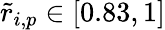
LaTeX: \tilde{r}_{i,p}\in[0.83,1]